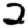
Digit: 2